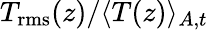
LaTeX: T_{\mathrm{rms}}(z)/\langle T(z)\rangle_{A,t}